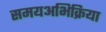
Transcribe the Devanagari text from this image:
समयअभिक्रिया